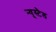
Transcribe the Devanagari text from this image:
न्यूस्टैड